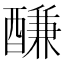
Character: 𨢑